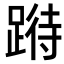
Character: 𨃉